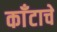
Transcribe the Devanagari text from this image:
काँटाचे